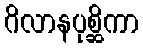
ဂိလာနပုစ္ဆိကာ